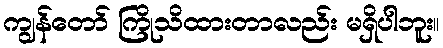
ကျွန်တော် ကြိုသိထားတာလည်း မရှိပါဘူး။